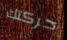
حركتك